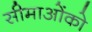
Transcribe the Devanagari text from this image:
सीमाओंको